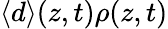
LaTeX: \langle d\rangle(z,t)\rho(z,t)